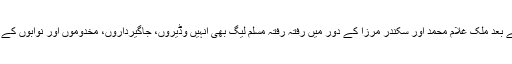
قائد اعظم کے انتقال کے بعد ملک غلام محمد اور سکندر مرزا کے دور میں رفتہ رفتہ مسلم لیگ بھی انہیں وڈیروں، جاگیرداروں، مخدوموں اور نوابوں کے ہاتھوں یرغمال ہو گئی۔